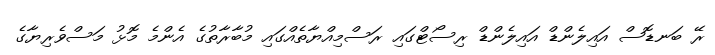
ރޭ ބަނޑޮސް އައިލެންޑް އައިލެންޑް ރިސޯޓްގައި ރަސްމިއްޔާތެއްގައި މުބާރާތުގެ އެންމެ މޮޅު މަސްވެރިޔާގެ